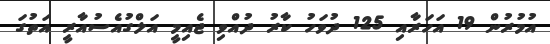
އުމުރުން 19 އަހަރާއި 125 ދުވަހު ކާރު ދުއްވި ޖެއިމީ އަލްގުއެސުއާރީ އަތުގަ